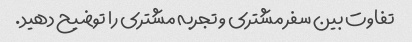
تفاوت بین سفر مشتری و تجربه مشتری را توضیح دهید.